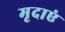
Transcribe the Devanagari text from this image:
मृदाएं